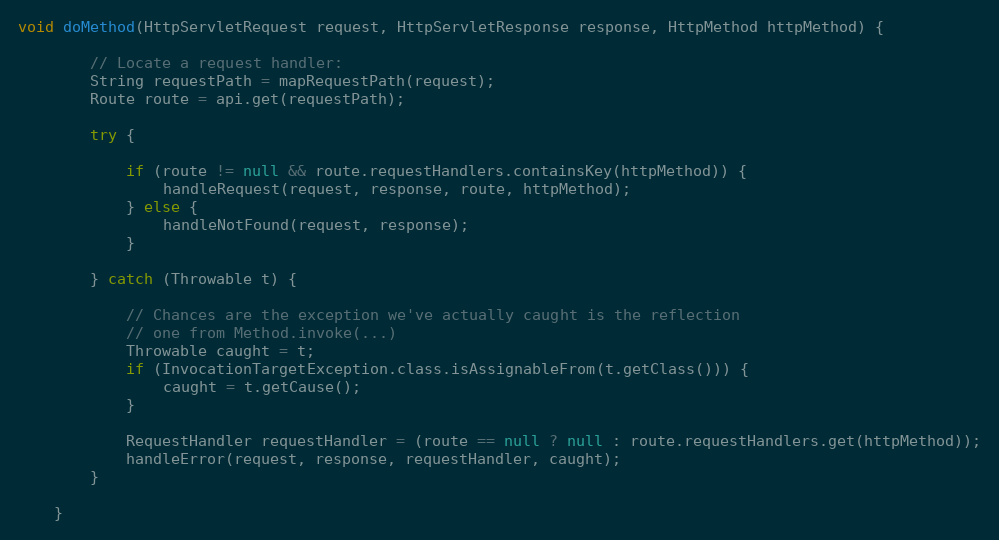
Language: Java
void doMethod(HttpServletRequest request, HttpServletResponse response, HttpMethod httpMethod) {

        // Locate a request handler:
        String requestPath = mapRequestPath(request);
        Route route = api.get(requestPath);

        try {

            if (route != null && route.requestHandlers.containsKey(httpMethod)) {
                handleRequest(request, response, route, httpMethod);
            } else {
                handleNotFound(request, response);
            }

        } catch (Throwable t) {

            // Chances are the exception we've actually caught is the reflection
            // one from Method.invoke(...)
            Throwable caught = t;
            if (InvocationTargetException.class.isAssignableFrom(t.getClass())) {
                caught = t.getCause();
            }

            RequestHandler requestHandler = (route == null ? null : route.requestHandlers.get(httpMethod));
            handleError(request, response, requestHandler, caught);
        }

    }